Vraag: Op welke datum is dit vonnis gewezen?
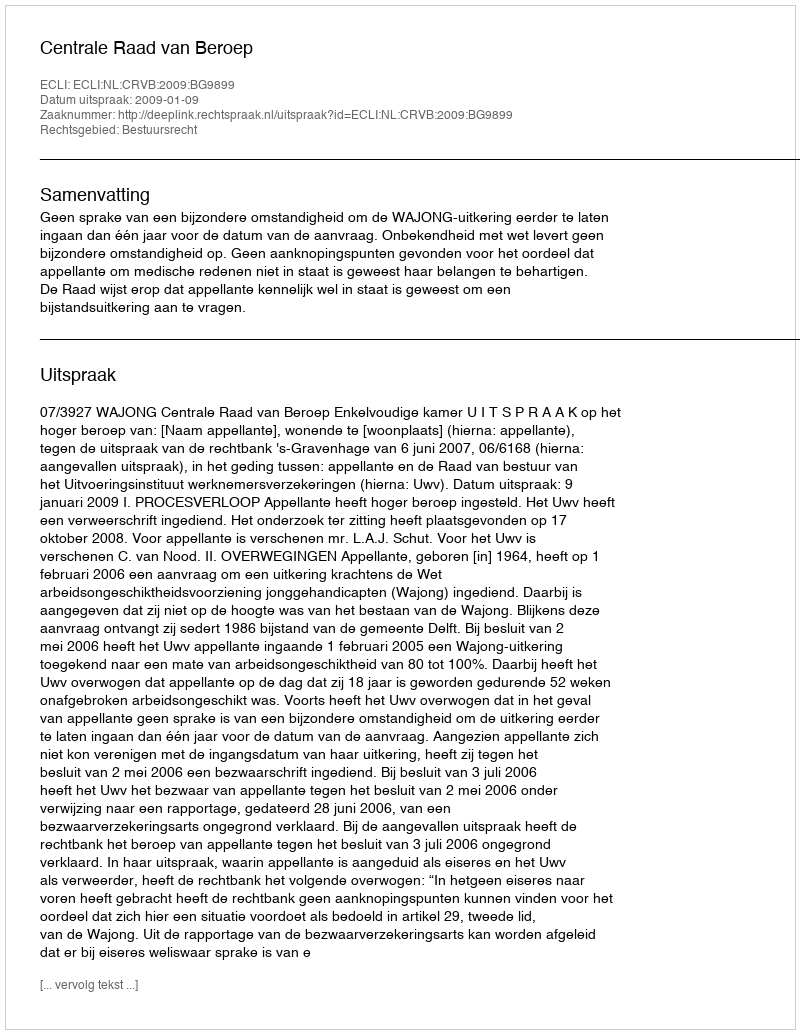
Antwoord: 2009-01-09